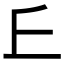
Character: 𠀉